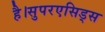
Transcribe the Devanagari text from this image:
है।सुपरएसिड्स